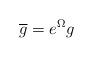
LaTeX: \begin{align*}\overline {g} = e^{\Omega}g \end{align*}